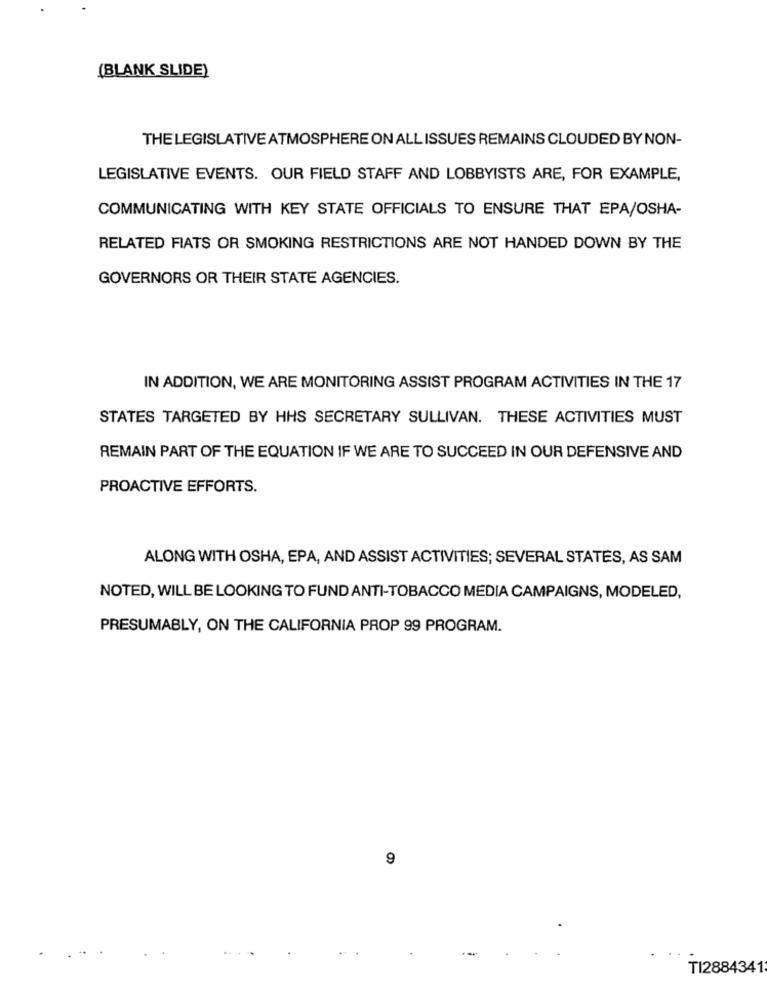
(BLANK SLIDE)
THE LEGISLATIVE ATMOSPHERE ON ALL ISSUES REMAINS CLOUDED BY NON-
LEGISLATIVE EVENTS. OUR FIELD STAFF AND LOBBYISTS ARE, FOR EXAMPLE,
COMMUNICATING WITH KEY STATE OFFICIALS TO ENSURE THAT EPA/OSHA-
RELATED FIATS OR SMOKING RESTRICTIONS ARE NOT HANDED DOWN BY THE
GOVERNORS OR THEIR STATE AGENCIES.
IN ADDITION, WE ARE MONITORING ASSIST PROGRAM ACTIVITIES IN THE 17
STATES TARGETED BY HHS SECRETARY SULLIVAN. THESE ACTIVITIES MUST
REMAIN PART OF THE EQUATION IF WE ARE TO SUCCEED IN OUR DEFENSIVE AND
PROACTIVE EFFORTS.
ALONG WITH OSHA, EPA, AND ASSIST ACTIVITIES; SEVERAL STATES, AS SAM
NOTED, WILL BE LOOKING TO FUND ANTI-TOBACCO MEDIA CAMPAIGNS, MODELED,
PRESUMABLY, ON THE CALIFORNIA PROP 99 PROGRAM.
9
TI2884341